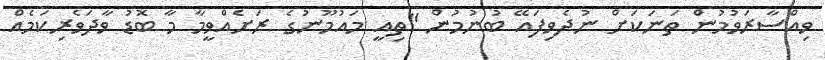
ވިއްސާރަވުމުން ތަނަކަށް ނުދެވިފައޭ ބުނުމުން "ތިއީ މައުމޫނުގެ ރަށެއްވީމާ މާ ބޮޑު ވާދަވެރިކަމެއް